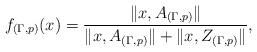
LaTeX: \begin{align*}f_{(\Gamma,p)}(x) = \frac{\|x,A_{(\Gamma,p)}\|}{\|x,A_{(\Gamma,p)}\|+\|x,Z_{(\Gamma,p)}\|},\end{align*}